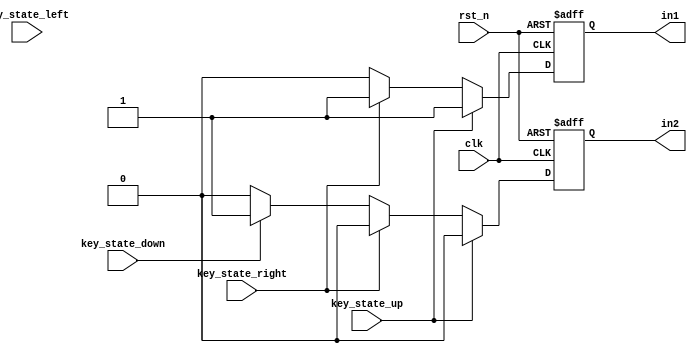
module power_in( clk,
	rst_n,
    key_state_up,
    key_state_down,
    key_state_left,
    key_state_right,
	in1,
	in2
    );

input clk ;
input rst_n;
input key_state_up;
input key_state_down;
input key_state_left;
input key_state_right;
output reg in1;
output reg in2;

always @(posedge clk or negedge rst_n)
    if(!rst_n)
    begin
        in1 <= 0;
        in2 <= 0;
    end
    else if(key_state_up)
    begin 
        in1 <= 1;
        in2 <= 0;
    end
    else if(key_state_right)
    begin 
        in1 <= 1;
        in2 <= 0;
    end
    else if(key_state_down)
    begin
        in1 <= 0;
        in2 <= 1;
    end
    else if(key_state_left)
    begin
        in1 <= 0;
        in2 <= 0;
    end
    else 
    begin
       in1 <= 0;
        in2 <= 0; 
    end

endmodule